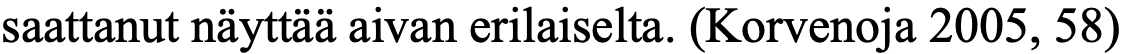
saattanut näyttää aivan erilaiselta. (Korvenoja 2005, 58)